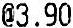
@3.90